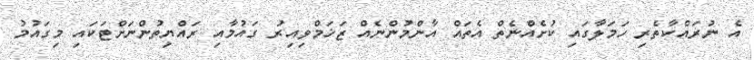
އެ ނުރައްކާތެރި ހަމަލާގައި ކުށެއްނެތް އެތައް އާންމުންނެއް ޒަޚަމްވިއިރު ގައުމާއި ރައްޔިތުންނަށްޓަކައި މިގައުމު